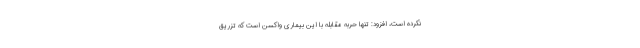
نکرده است، افزود: تنها حربه مقابله با این بیماری واکسن است که تزریق